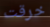
خرقت